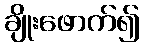
ချိုးဖောက်၍